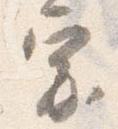
宗